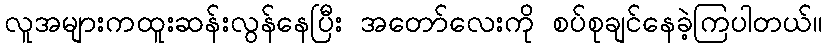
လူအများကထူးဆန်းလွန်နေပြီး အတော်လေးကို စပ်စုချင်နေခဲ့ကြပါတယ်။